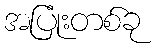
အပြုံးတစ်ခု